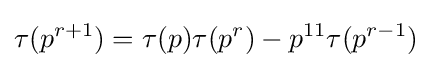
\tau (p^{r+1})=\tau (p)\tau (p^{r})-p^{11}\tau (p^{r-1})